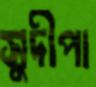
সুদীপা